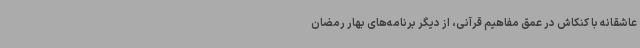
عاشقانه با کنکاش در عمق مفاهیم قرآنی، از دیگر برنامه‌های بهار رمضان